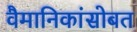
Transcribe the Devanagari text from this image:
वैमानिकांसोबत